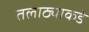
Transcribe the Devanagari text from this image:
तलाठ्याकडे